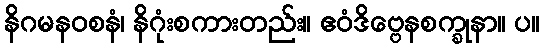
နိဂမနဝစနံ၊ နိဂုံးစကားတည်း။ ဧဝံဒိဗ္ဗေနစက္ခုနာ။ ပ။